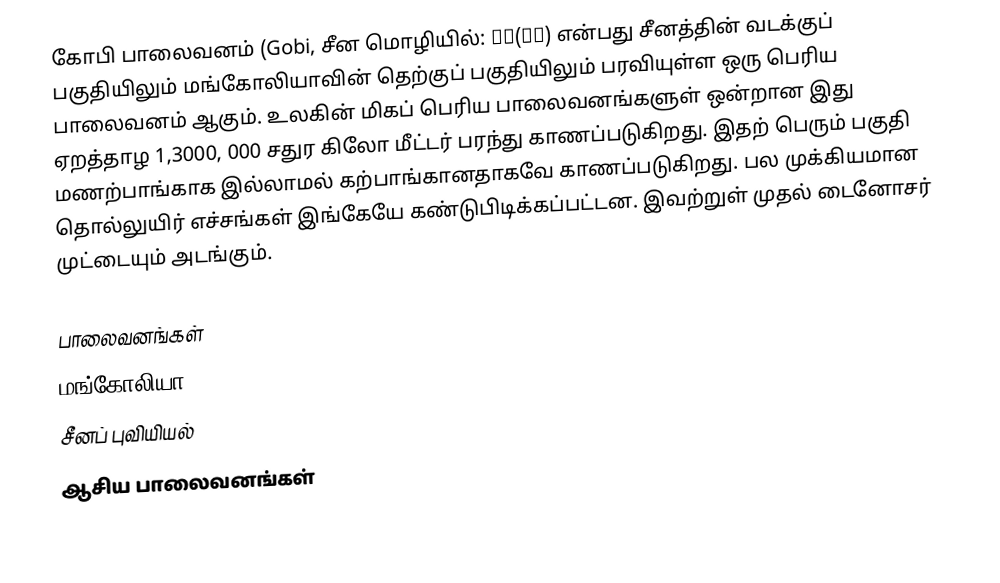
கோபி பாலைவனம் (Gobi, சீன மொழியில்: 戈壁(沙漠) என்பது சீனத்தின் வடக்குப் பகுதியிலும் மங்கோலியாவின் தெற்குப் பகுதியிலும் பரவியுள்ள ஒரு பெரிய பாலைவனம் ஆகும். உலகின் மிகப் பெரிய பாலைவனங்களுள் ஒன்றான இது ஏறத்தாழ 1,3000, 000 சதுர கிலோ மீட்டர் பரந்து காணப்படுகிறது. இதற் பெரும் பகுதி மணற்பாங்காக இல்லாமல் கற்பாங்கானதாகவே காணப்படுகிறது. பல முக்கியமான தொல்லுயிர் எச்சங்கள் இங்கேயே கண்டுபிடிக்கப்பட்டன. இவற்றுள் முதல் டைனோசர் முட்டையும் அடங்கும்.

பாலைவனங்கள்
மங்கோலியா
சீனப் புவியியல்
ஆசிய பாலைவனங்கள்